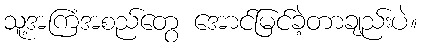
သူ့အကြံအစည်တွေ အောင်မြင်ခဲ့တာချည်းပဲ။